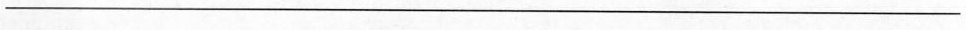
_________________________________